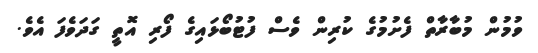
ވުމުން މުބާރާތް ފެށުމުގެ ކުރިން ވެސް ފުޓުބޯޅައިގެ ފޯރި އޮތީ ގަދަވެފަ އެވެ.